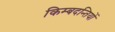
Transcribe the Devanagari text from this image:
किम्बदन्तियों